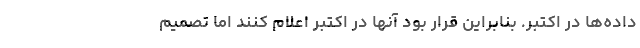
داده‌ها در اکتبر. بنابراین قرار بود آنها در اکتبر اعلام کنند اما تصمیم